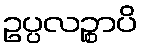
ဥပ္ပလဉ္စာပိ